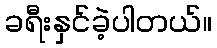
ခရီးနှင်ခဲ့ပါတယ်။